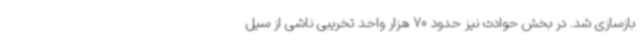
بازسازی شد. در بخش حوادث نیز حدود 70 هزار واحد تخریبی ناشی از سیل